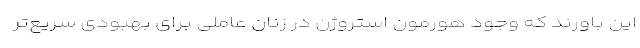
این باورند که وجود هورمون استروژن در زنان عاملی برای بهبودی سریع‌تر